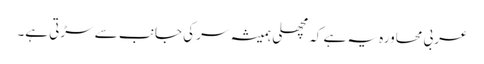
عربی محاورہ یہ ہے کہ مچھلی ہمیشہ سر کی جانب سے سڑتی ہے۔